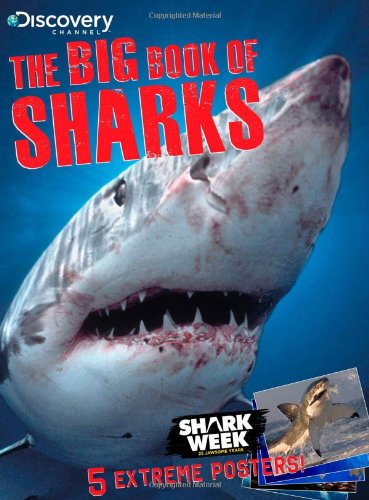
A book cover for Discovery Channel The Big Book of Sharks; Discovery Channel; Science & Math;